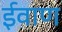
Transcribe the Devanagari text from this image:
ईवाण